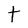
Character: t